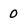
Character: 0